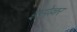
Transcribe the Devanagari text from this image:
इम्पेल्लर